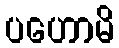
ပဟောမိ